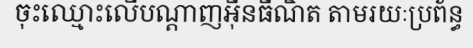
ចុះឈ្មោះលើបណ្តាញអ៊ីនធឺណិត តាមរយៈប្រព័ន្ធ